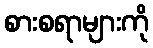
စားစရာများကို